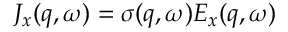
J _ { x } ( q , \omega ) = \sigma ( q , \omega ) E _ { x } ( q , \omega )